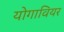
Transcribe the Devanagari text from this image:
योगावियर